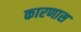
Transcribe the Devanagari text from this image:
कारणास